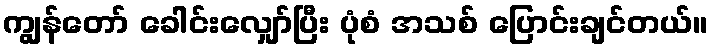
ကျွန်တော် ခေါင်းလျှော်ပြီး ပုံစံ အသစ် ပြောင်းချင်တယ်။